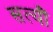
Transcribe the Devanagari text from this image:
सत्यौं